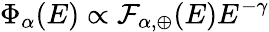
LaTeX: \Phi_{\alpha}(E)\propto\mathcal{F}_{\alpha,\oplus}(E)E^{-\gamma}